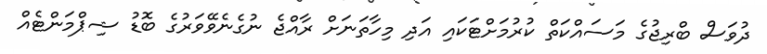
ދުވަސް ބްރިޖުގެ މަސައްކަތް ކުރުމަށްޓަކައި އަދި މިހާތަނަށް ރާއްޖެ ނުގެނެވޭވަރުގެ ބޮޑު ޝިޕްމަންޓެއް